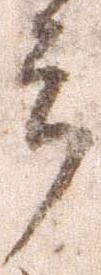
郎